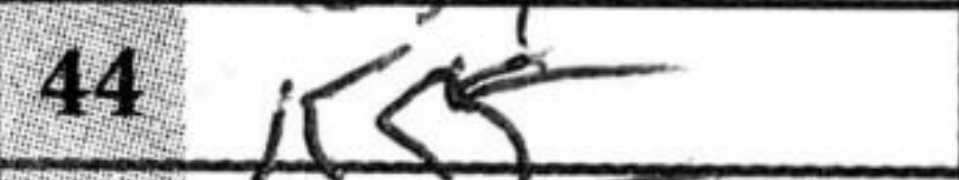
Transcription: Kc5